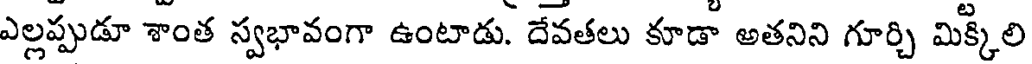
ఎల్లప్పుడూ శాంత స్వభావంగా ఉంటాడు. దేవతలు కూడా అతనిని గూర్చి మిక్కిలి